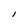
Character: l